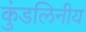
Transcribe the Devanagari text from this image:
कुंडलिनीय